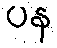
ပန